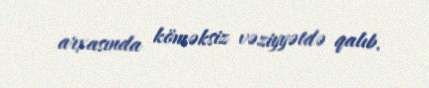
arxasında köməksiz vəziyyətdə qalıb.